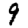
Digit: 9